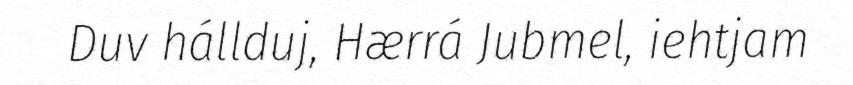
Duv hállduj, Hærrá Jubmel, iehtjam